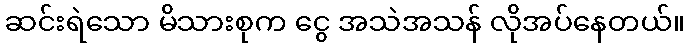
ဆင်းရဲသော မိသားစုက ငွေ အသဲအသန် လိုအပ်နေတယ်။